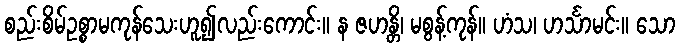
စည်းစိမ်ဥစ္စာမကုန်သေးဟူ၍လည်းကောင်း။ န ဇဟန္တိ၊ မစွန့်ကုန်။ ဟံသ၊ ဟင်္သာမင်း။ သော